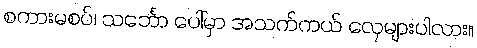
စကားမစပ်၊ သင်္ဘော ပေါ်မှာ အသက်ကယ် လှေများပါလား။